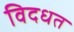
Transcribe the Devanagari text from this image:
विदधत